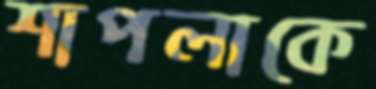
শাপলাকে